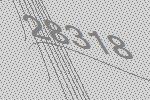
28318